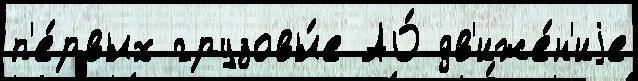
п'е́рвых грузовы́е АО́ дв'иже́н'иjе